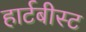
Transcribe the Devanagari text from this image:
हार्टबीस्ट